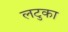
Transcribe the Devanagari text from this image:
लटुका